65_HS1-834228961_62-HQ-83894_Section_3
Agency: FBI
Page 56
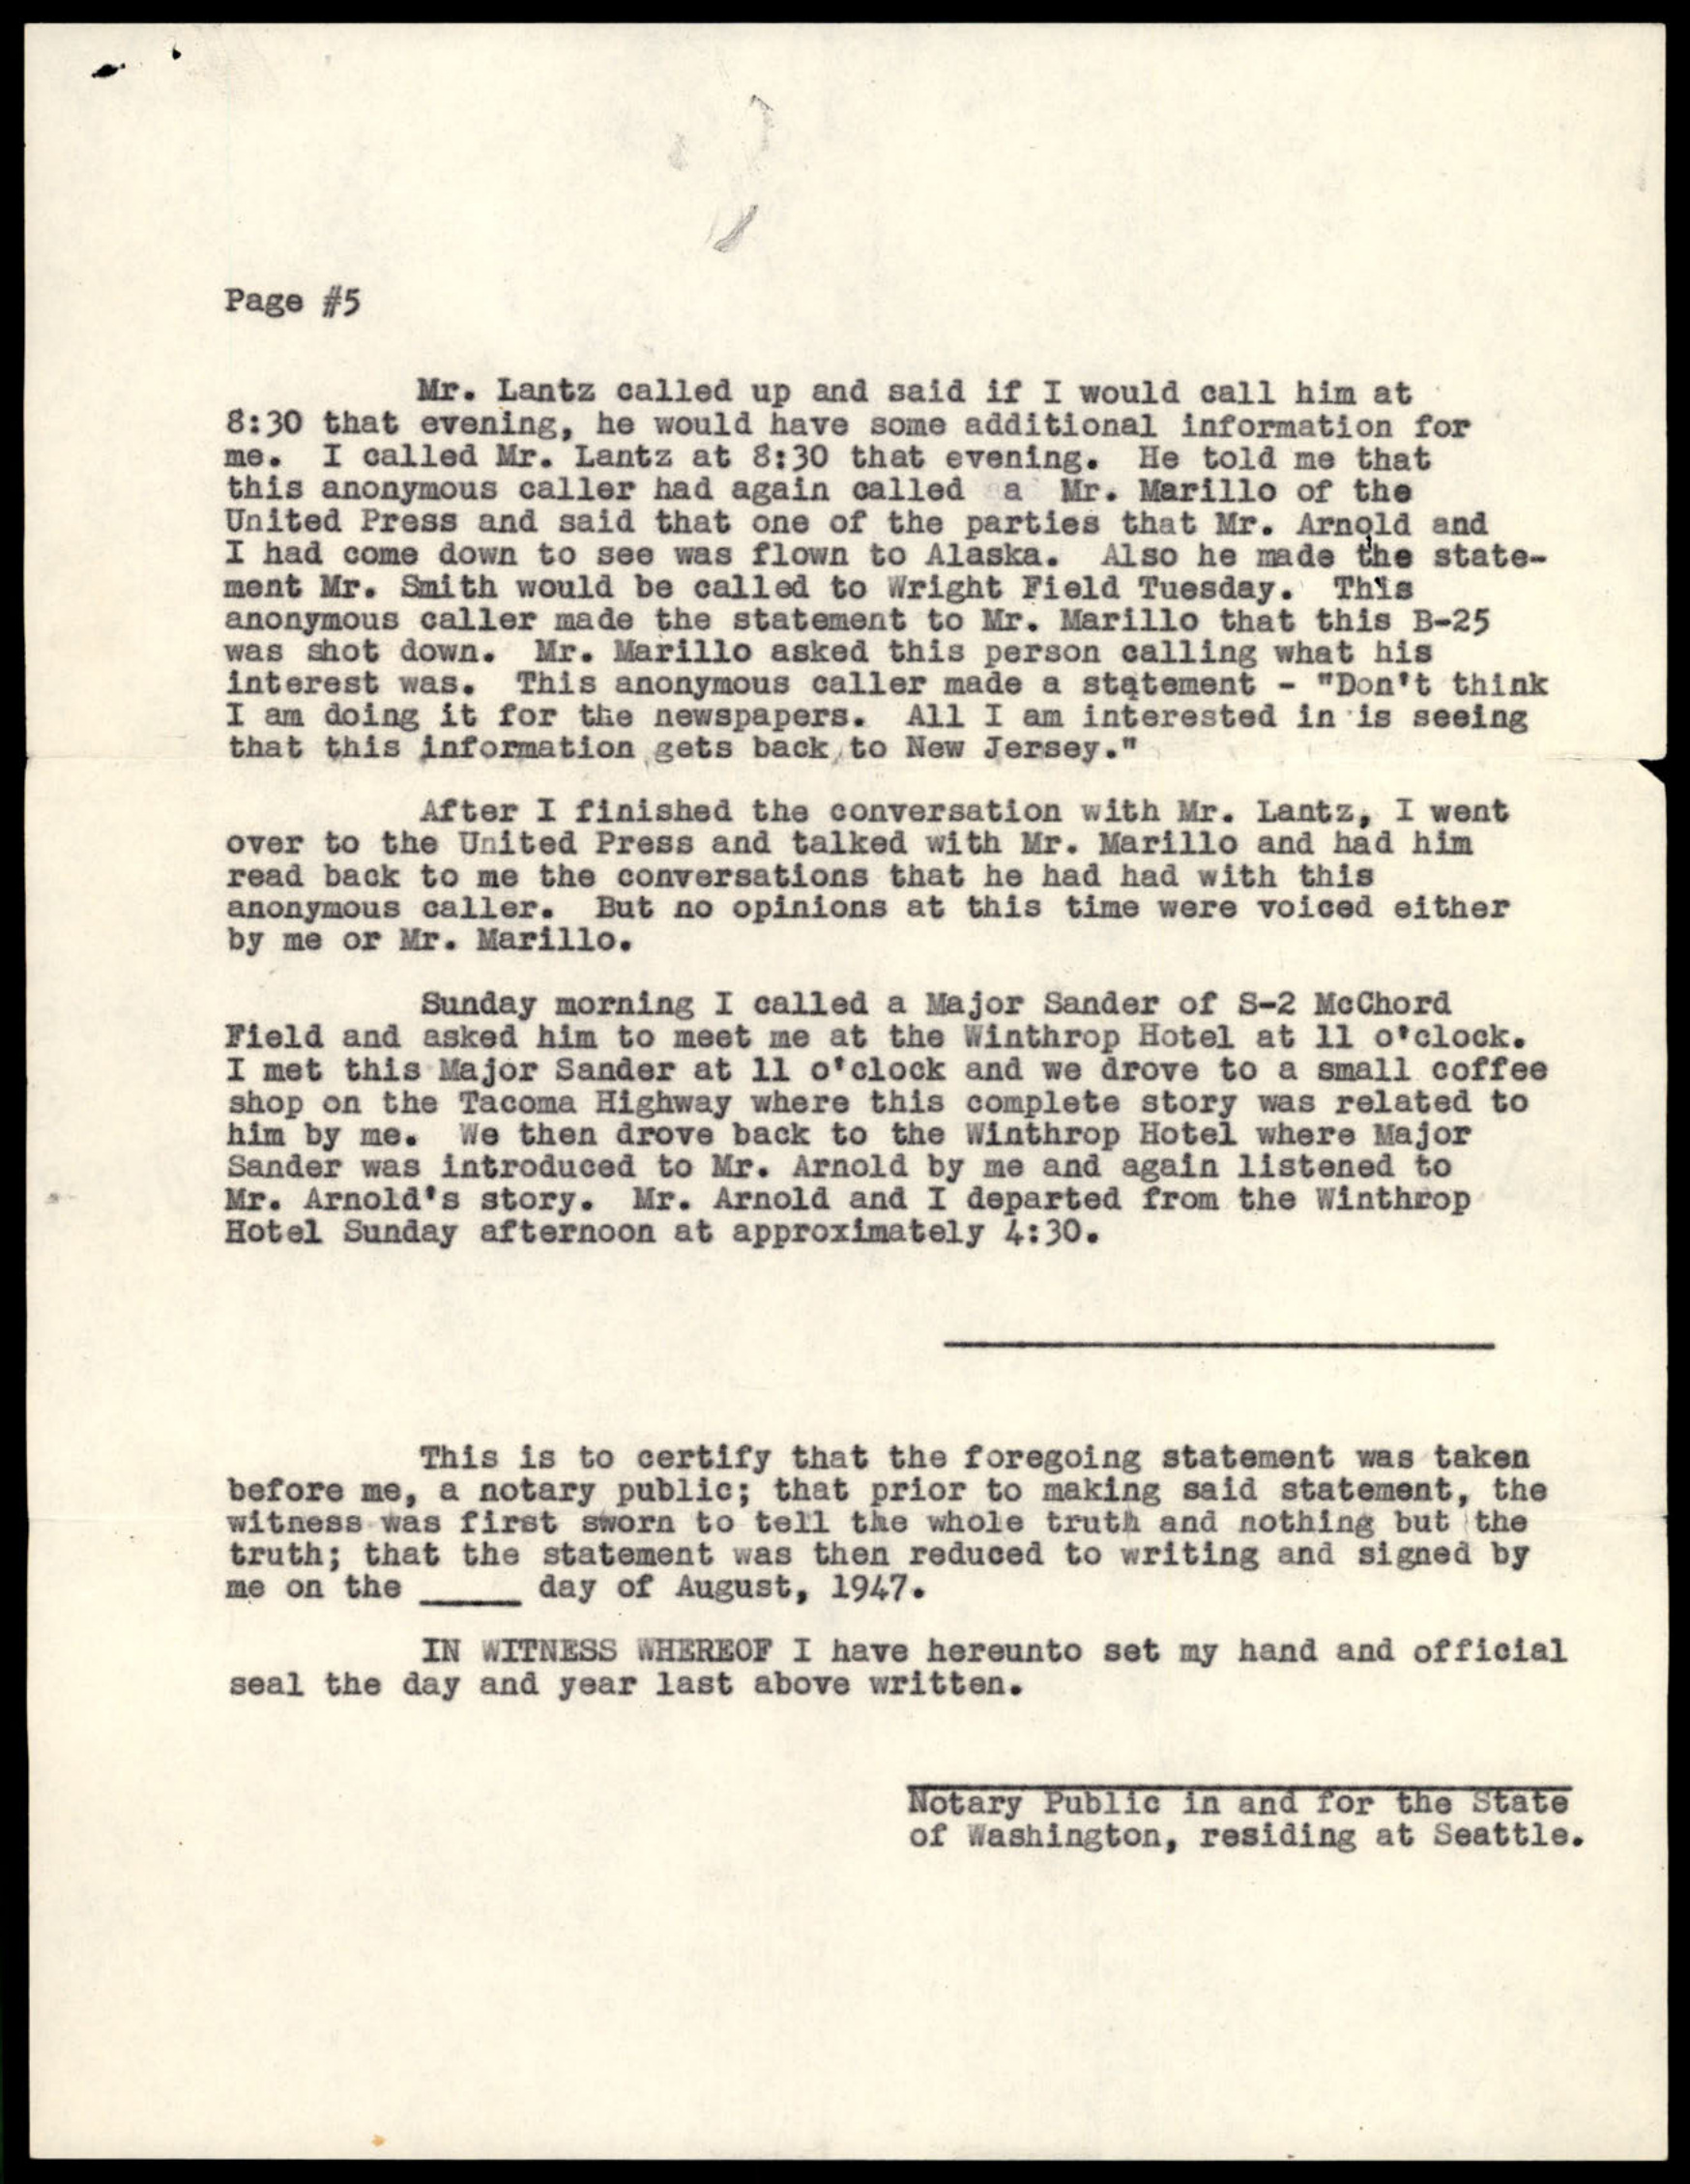